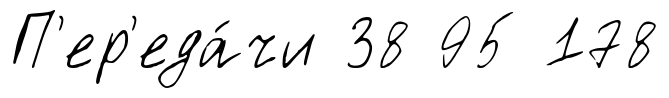
П'ер'еда́чи 38 95 178